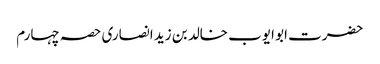
حضرت ابو ایوب خالد بن زید انصاری	حصہ چہارم